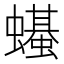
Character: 𫋣